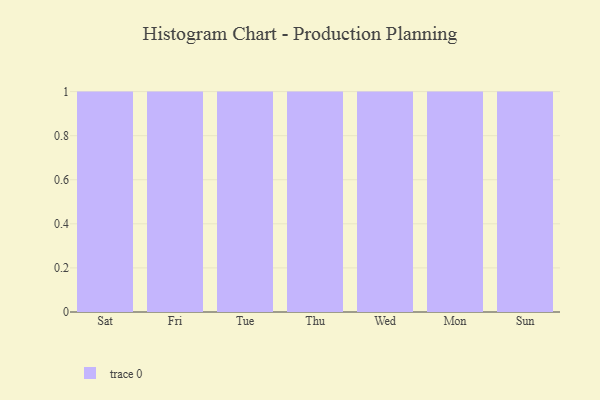
{"axis": {"x": "Day", "y": "Churn Rate (%)"}, "legend": [""], "data": [{"x": "Sat", "y": 61, "type": ""}, {"x": "Fri", "y": 68, "type": ""}, {"x": "Tue", "y": 96, "type": ""}, {"x": "Thu", "y": 32, "type": ""}, {"x": "Wed", "y": 69, "type": ""}, {"x": "Mon", "y": 90, "type": ""}, {"x": "Sun", "y": 14, "type": ""}]}